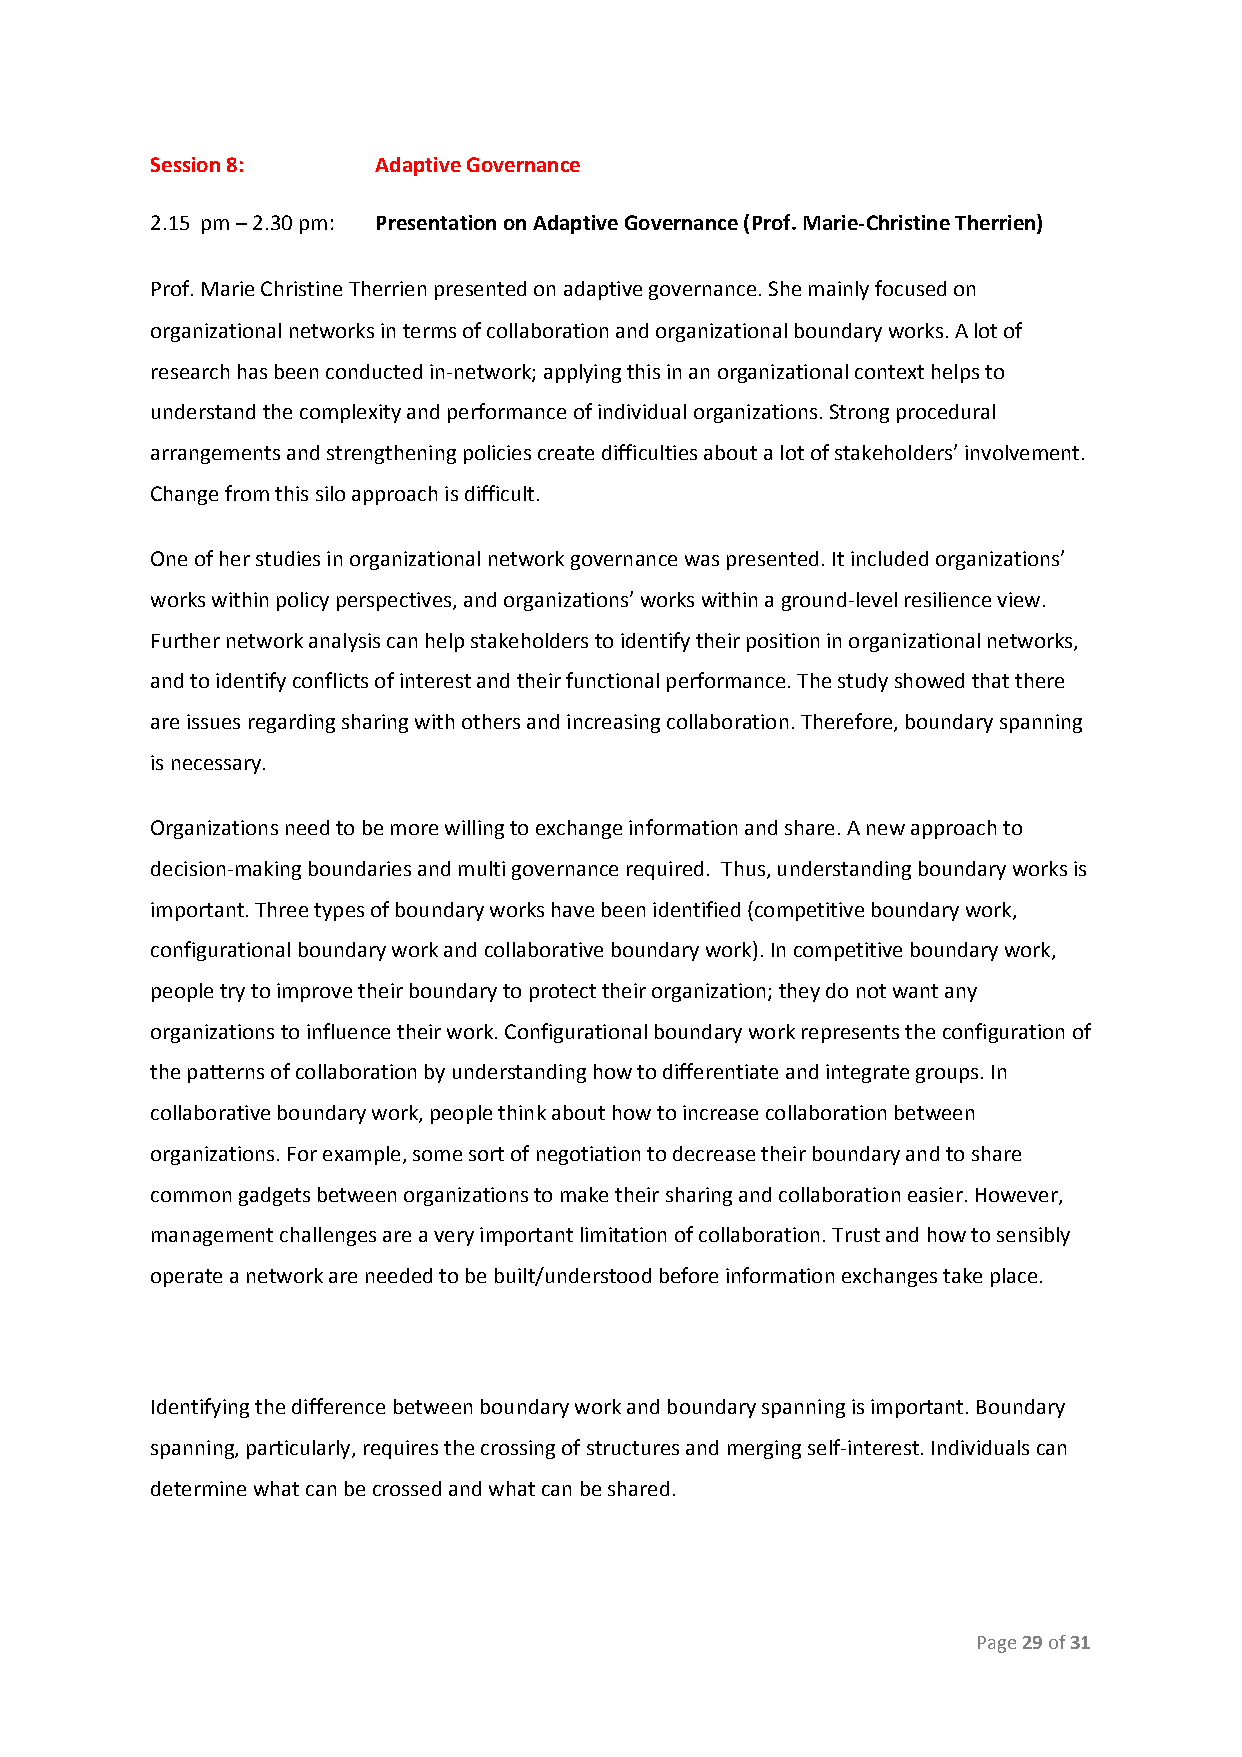
Session 8:     Adaptive Governance
 2.15 pm – 2.30 pm: Presentation on Adaptive Governance (Prof. Marie-Christine Therrien)
 Prof. Marie Christine Therrien presented on adaptive governance. She mainly focused on
 organizational networks in terms of collaboration and organizational boundary works. A lot of
 research has been conducted in-network; applying this in an organizational context helps to
 understand the complexity and performance of individual organizations. Strong procedural
 arrangements and strengthening policies create difficulties about a lot of stakeholders’ involvement.
 Change from this silo approach is difficult.
 One of her studies in organizational network governance was presented. It included organizations’
 works within policy perspectives, and organizations’ works within a ground-level resilience view.
 Further network analysis can help stakeholders to identify their position in organizational networks,
 and to identify conflicts of interest and their functional performance. The study showed that there
 are issues regarding sharing with others and increasing collaboration. Therefore, boundary spanning
 is necessary.
 Organizations need to be more willing to exchange information and share. A new approach to
 decision-making boundaries and multi governance required. Thus, understanding boundary works is
 important. Three types of boundary works have been identified (competitive boundary work,
 configurational boundary work and collaborative boundary work). In competitive boundary work,
 people try to improve their boundary to protect their organization; they do not want any
 organizations to influence their work. Configurational boundary work represents the configuration of
 the patterns of collaboration by understanding how to differentiate and integrate groups. In
 collaborative boundary work, people think about how to increase collaboration between
 organizations. For example, some sort of negotiation to decrease their boundary and to share
 common gadgets between organizations to make their sharing and collaboration easier. However,
 management challenges are a very important limitation of collaboration. Trust and how to sensibly
 operate a network are needed to be built/understood before information exchanges take place.
 Identifying the difference between boundary work and boundary spanning is important. Boundary
 spanning, particularly, requires the crossing of structures and merging self-interest. Individuals can
 determine what can be crossed and what can be shared.
 Page 29 of 31
 ​ ​ ​